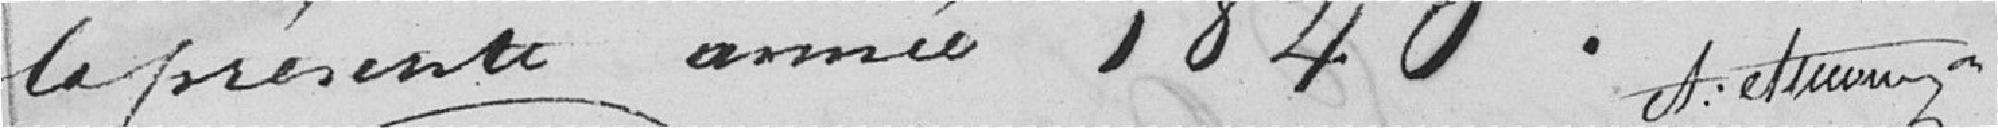
la présente année 1840